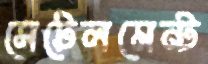
সেটেলমেন্ট